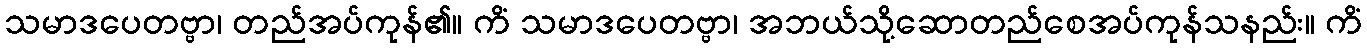
သမာဒပေတဗ္ဗာ၊ တည်အပ်ကုန်၏။ ကိံ သမာဒပေတဗ္ဗာ၊ အဘယ်သို့ဆောတည်စေအပ်ကုန်သနည်း။ ကိံ